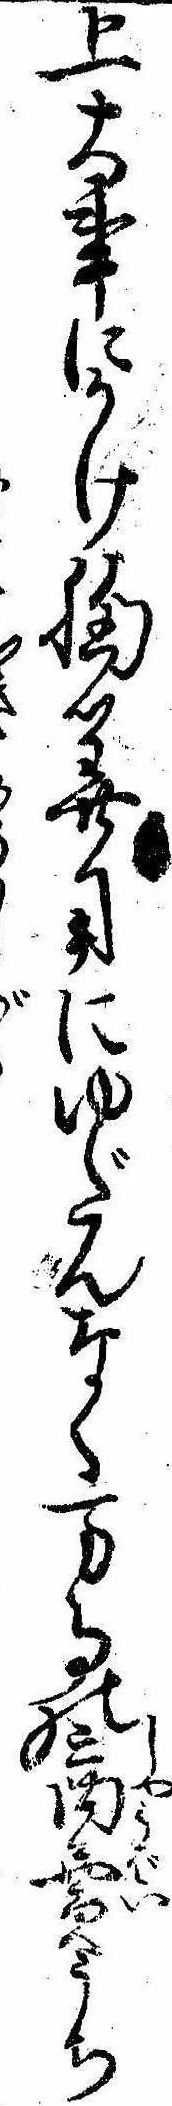
上大事にかけ胸算用にゆだんなく万事の商売うち